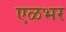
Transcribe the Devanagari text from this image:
एळभर